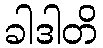
ခါဒါတိ